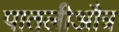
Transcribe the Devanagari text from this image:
पातलीऔत्र